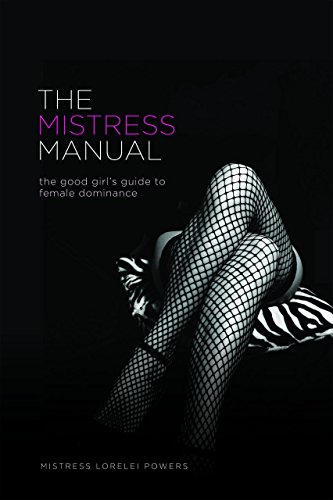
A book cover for The Mistress Manual: The Good Girl's Guide to Female Dominance; Mistress Lorelei; Parenting & Relationships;